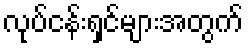
လုပ်ငန်းရှင်များအတွက်